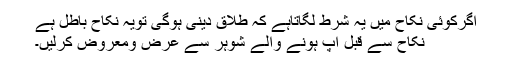
اگرکوئی نکاح میں یہ شرط لگاتاہے کہ طلاق دینی ہوگی تویہ نکاح باطل ہے
نکاح سے قبل آپ ہونے والے شوہر سے عرض ومعروض کرلیں۔